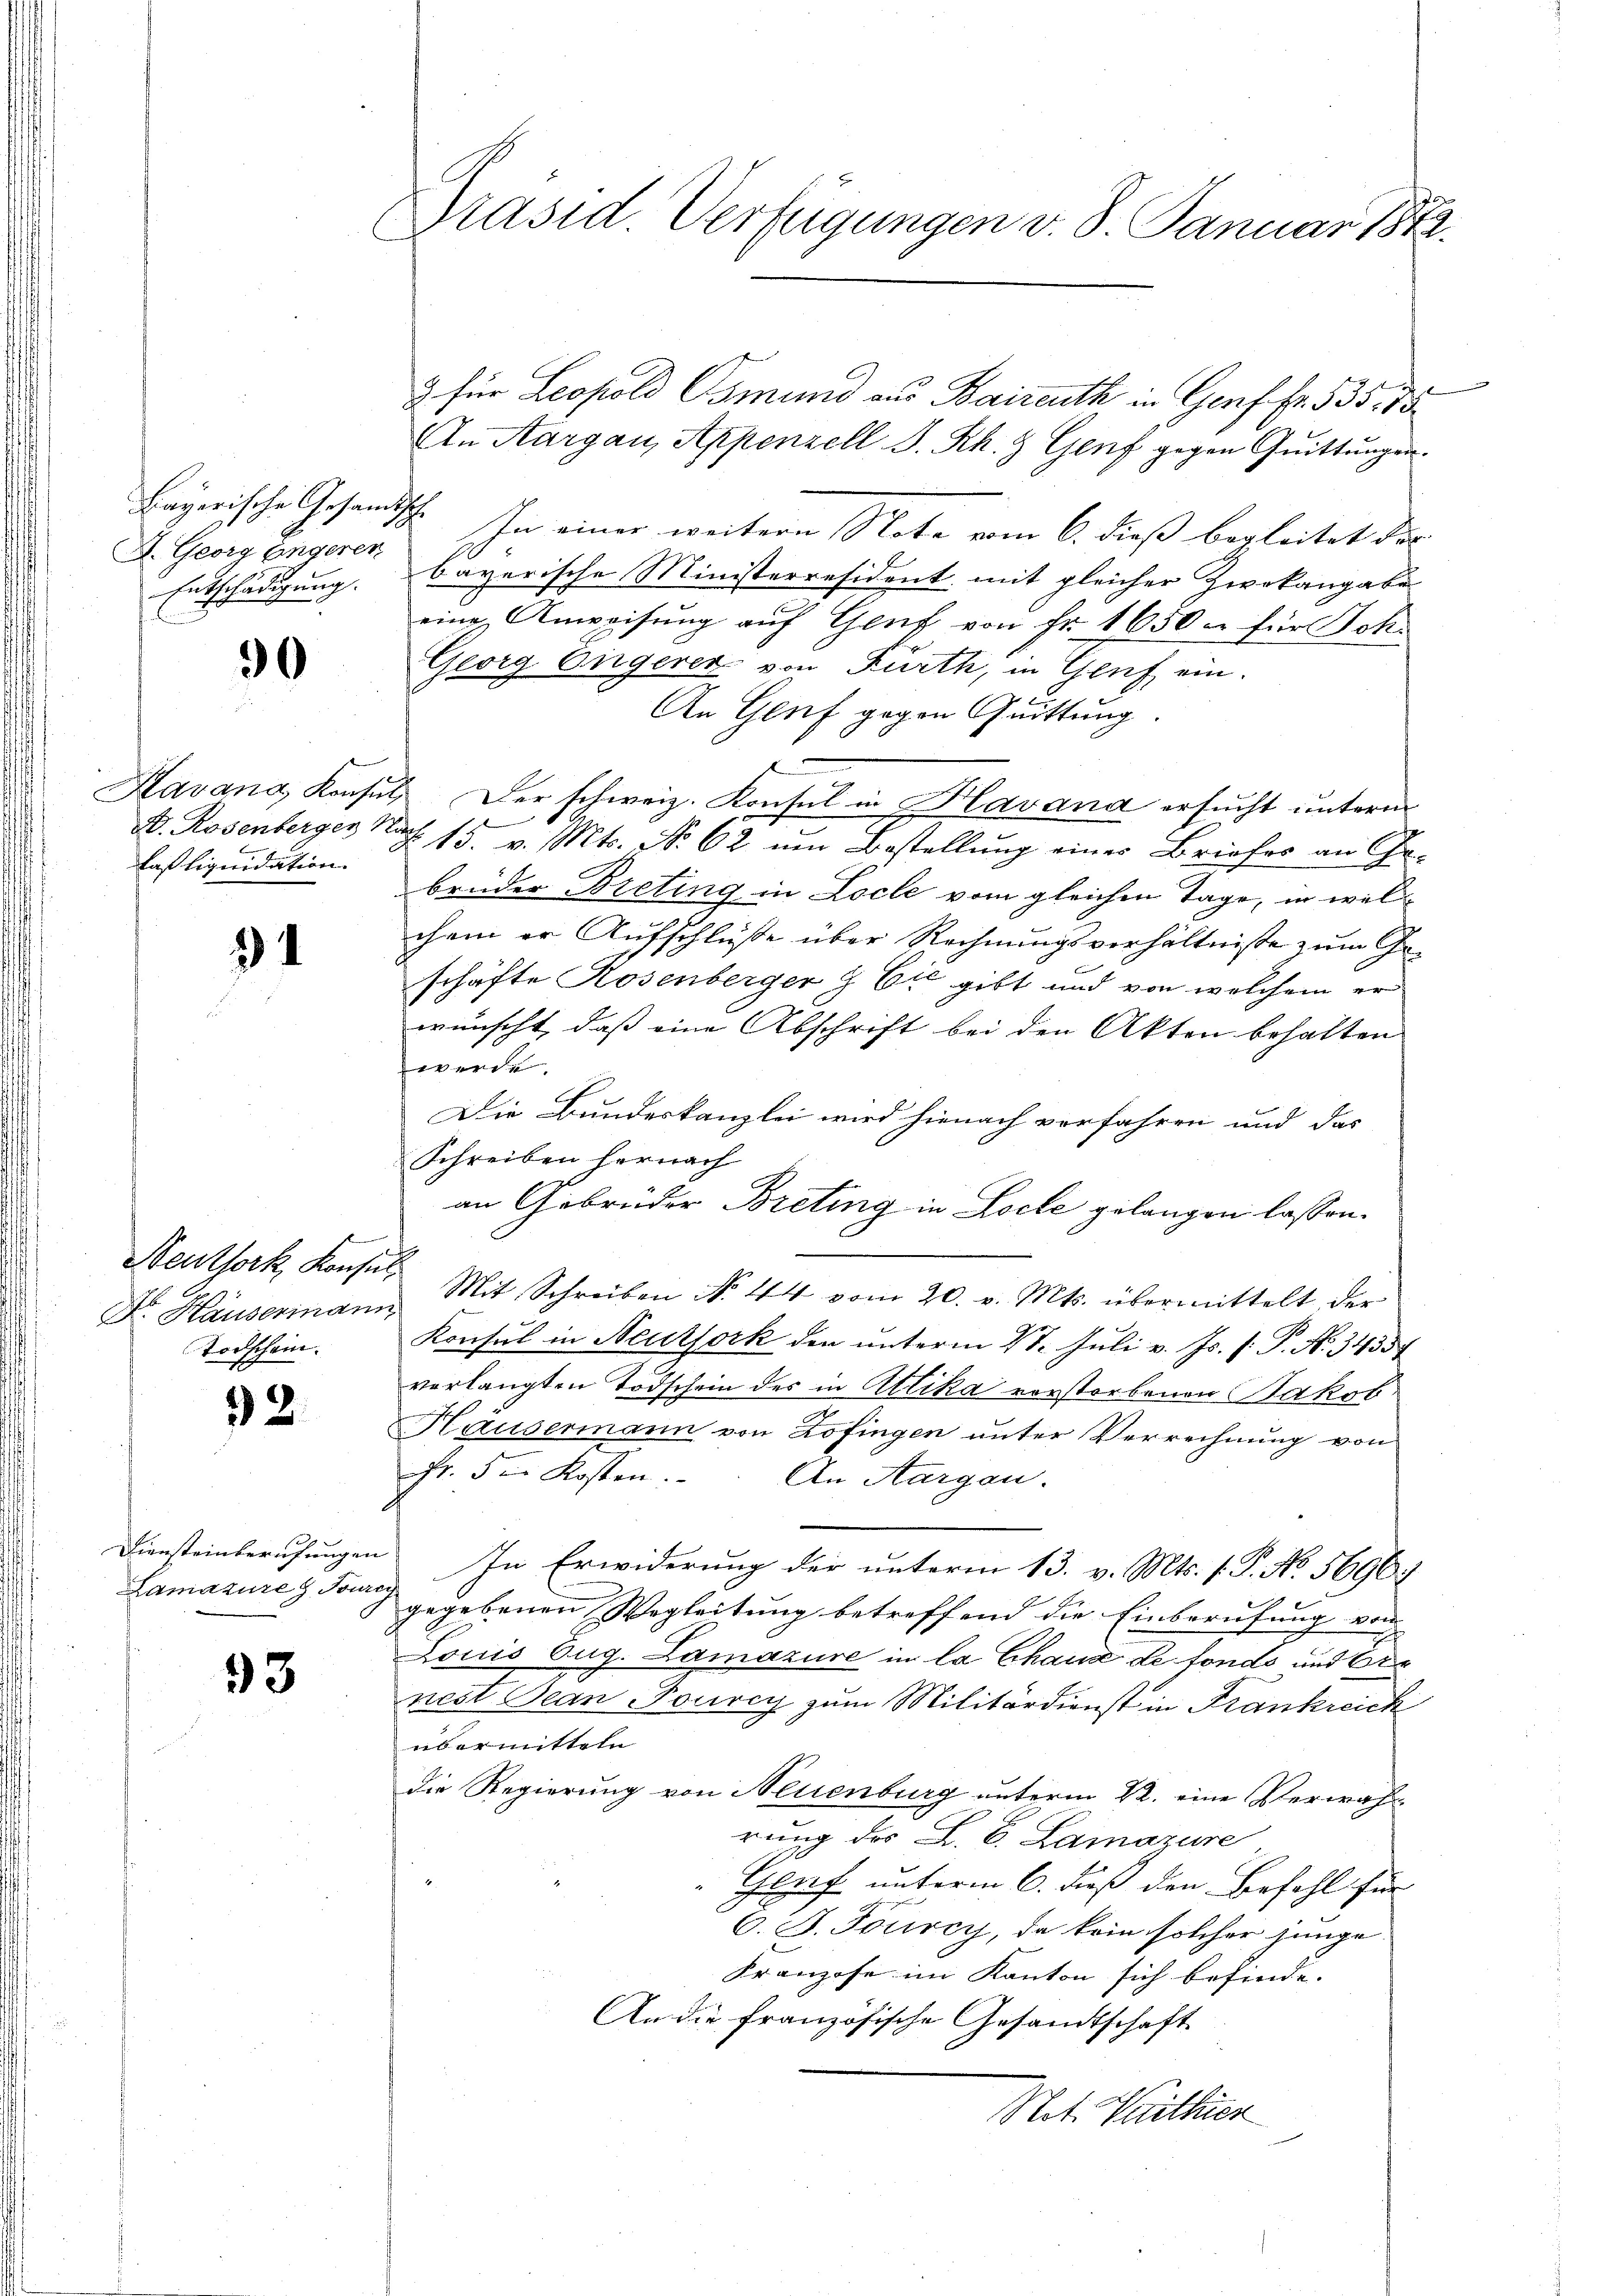
Bayerische Gesandtsche
A. Georg Engeren
Entschädigung.

90

laß liquidation.

2

Neuthork, Konsul
Todschein.

32.

Diensteinberufungen
Lamature Touri

33

Präsid. Verfügungen v. 8. Januar 1872.

3 für Leopold Bsmund aus Baireuth in Genf fr. 535. 75
An Aargau, Appenzell S. Rh. & Genf gegen Quittungen.
In einer weitern Note vom 6. dieß begleitet der |
J.
bayerische Ministerresident mit gleicher Zivikangabe
eine Anweisung auf Genf von Fr. 1650 – für Joh.
Georg Engerer von Kurth, in Genf ein.
An Genf gegen Quittung
Havana Konsul Der schweiz. Konsul in Havand ersucht unterm

H. Rosenbergen No 13. v. Mts. No 62 um Bestellung einer Briefes an Ge-
brüder Breting in Loche vom gleichen Tage, in welchem er Aufschlüße über Rechnungsverhältnisse zum Geschäfte Rosenberger & Cie gibt und von welchem er
wünscht, dass eine Abschrift bei den Akten behalten |
fwerde.
Die Bundeskanzlei wird hienach verfahren und das
Schreiben hernach
an Gebrüder Breting in Loche gelangen lassen.
Dr. Häuserian Mit Schreiben No. 44 vom 20. v. Mts. übermittelt der
Konsul in Neuksork den unterm 21. Juli v. Js. f. P. N. 3435
verlangten Todschein des in Attika vorstorbenen Jakob
Hausermann von Zofingen unter Verrechnung von
Fr. der Kosten.
An Aargau.
In Erwiderung der unterm 13. v. Mts. f. P. No. 5696.
gegebenen Wegleitung betreffend die Einberufung von
Louis Aug. Lamazure in la Chaus de fonds und 6
nest Bean Pourcy zum Militärdienst in Frankreich
übermitteln
die Regierung von Neuenburg unterm 22. eine Verwahrung der L. C. Lamazure
Genf unterm 6. dieß den Befehl für
C. J. Tourcy, da kein solcher junge
Franzose im Kanton sich befinde.
An die französische Gesandtschaft
Not. Parthien